画像に写った文字を読んでください
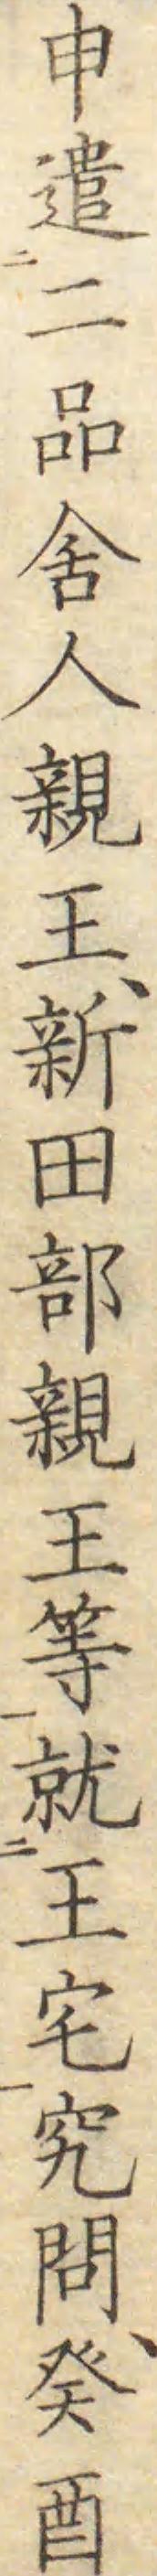
「申遣二品舍人親王、新田部親王等就王宅究問、癸酉」と書いてあります